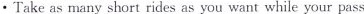
· Take as many short rides as you want while your pass